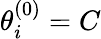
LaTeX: \theta_{i}^{(0)}=C